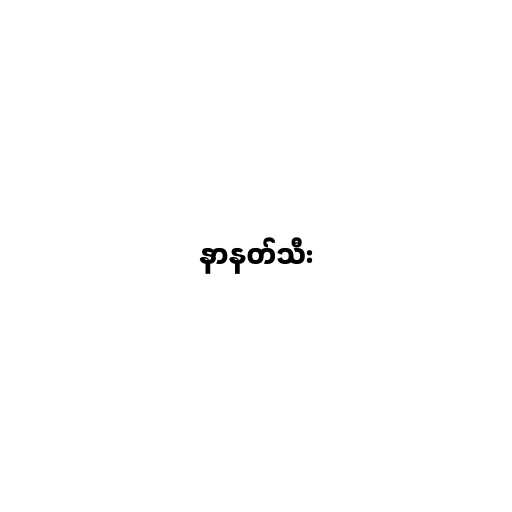
နာနတ်သီး